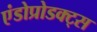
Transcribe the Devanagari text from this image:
एंडोप्रोडक्ट्स